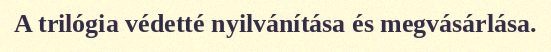
A trilógia védetté nyilvánítása és megvásárlása.